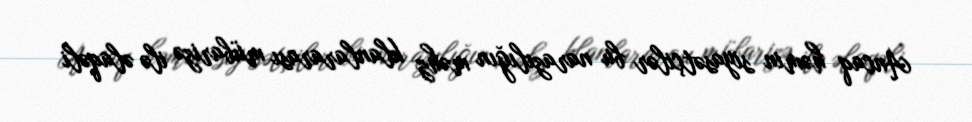
Ancaq həmin siyasətçilər bu narazılığın məhz klanlararası mübarizə ilə əlaqəli